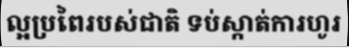
ល្អប្រពៃរបស់ជាតិ ទប់ស្កាត់ការហូរ